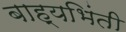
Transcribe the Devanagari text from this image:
बाह्यभिंती